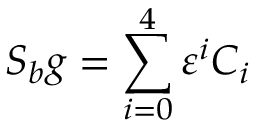
{ \cal S } _ { b } g = \sum _ { i = 0 } ^ { 4 } \varepsilon ^ { i } { \cal C } _ { i }